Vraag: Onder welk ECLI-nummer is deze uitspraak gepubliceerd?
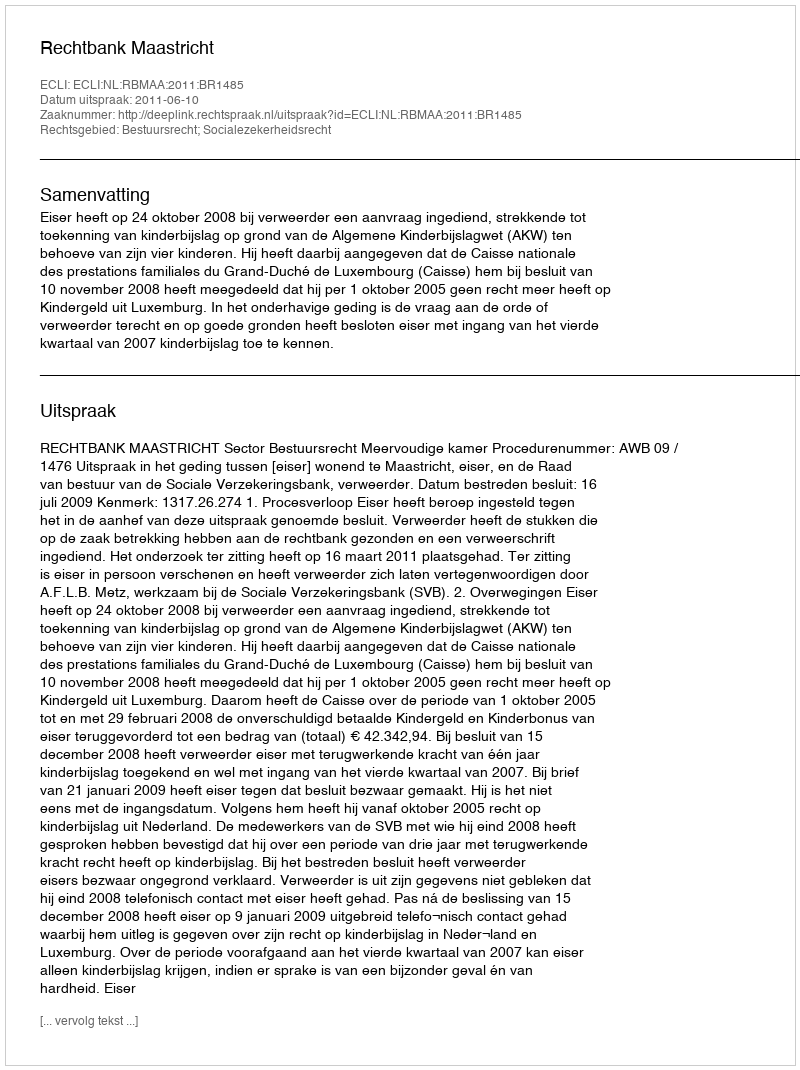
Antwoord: ECLI:NL:RBMAA:2011:BR1485